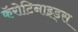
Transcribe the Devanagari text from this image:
कॅरोटिनाइड्स